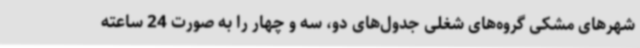
شهرهای مشکی گروه‌های شغلی جدول‌های دو، سه و چهار را به صورت 24 ساعته